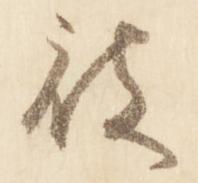
被